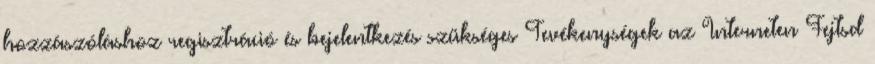
hozzászóláshoz regisztráció és bejelentkezés szükséges Tevékenységek az Interneten Fejtsd